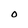
Character: O